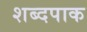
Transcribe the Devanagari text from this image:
शब्दपाक